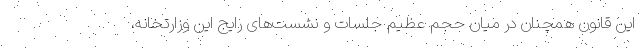
این قانون همچنان در میان حجم عظیم جلسات و نشست‌های رایج این وزارتخانه،